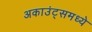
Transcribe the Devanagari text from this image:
अकाउंट्समध्ये